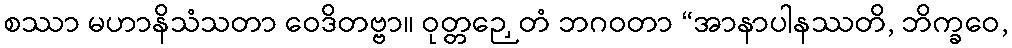
စဿာ မဟာနိသံသတာ ဝေဒိတဗ္ဗာ။ ဝုတ္တဉှေတံ ဘဂဝတာ “အာနာပါနဿတိ, ဘိက္ခဝေ,